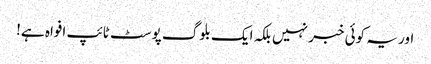
اور یہ کوئی خبر نہیں بلکہ ایک بلوگ پوسٹ ٹائپ افواہ ہے!